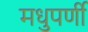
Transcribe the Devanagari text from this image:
मधुपर्णी